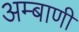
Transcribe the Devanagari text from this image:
अम्बाणी